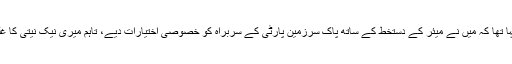
انہوں نے مزید کہا تھا کہ میں نے میئر کے دستخط کے ساتھ پاک سرزمین پارٹی کے سربراہ کو خصوصی اختیارات دیے، تاہم میری نیک نیتی کا غلط فائدہ اٹھایا گیا۔